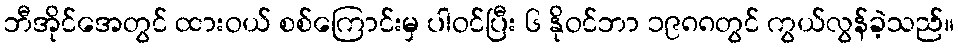
ဘီအိုင်အေတွင် ထားဝယ် စစ်ကြောင်းမှ ပါဝင်ပြီး ၆ နိုဝင်ဘာ ၁၉၈၈တွင် ကွယ်လွန်ခဲ့သည်။